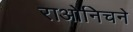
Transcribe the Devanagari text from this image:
राओनिचने